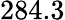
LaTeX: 284.3